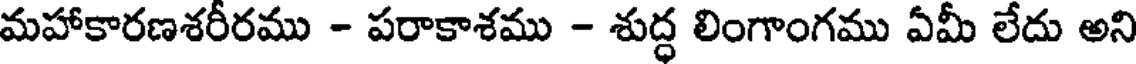
మహాకారణశరీరము - పరాకాశము - శుద్ధ లింగాంగము ఏమీ లేదు అని